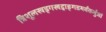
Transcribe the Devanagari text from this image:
त्रिशूलखड्गखट्वाङ्गडमर्वंकर्भुजां